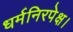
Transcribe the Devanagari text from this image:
धर्मनिरपेक्ष।